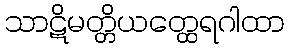
သာဋိမတ္တိယတ္ထေရဂါထာ